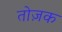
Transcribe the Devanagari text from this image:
तोज़क